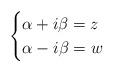
LaTeX: \begin{align*}\begin{cases}\alpha + i\beta = z\\\alpha - i\beta = w\end{cases}\end{align*}